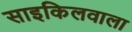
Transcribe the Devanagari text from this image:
साइकिलवाला